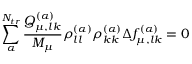
\sum _ { \alpha } ^ { N _ { t r } } \frac { Q _ { \mu , l k } ^ { ( \alpha ) } } { M _ { \mu } } \rho _ { l l } ^ { ( \alpha ) } \rho _ { k k } ^ { ( \alpha ) } \Delta f _ { \mu , l k } ^ { ( \alpha ) } = 0